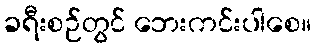
ခရီးစဉ်တွင် ဘေးကင်းပါစေ။